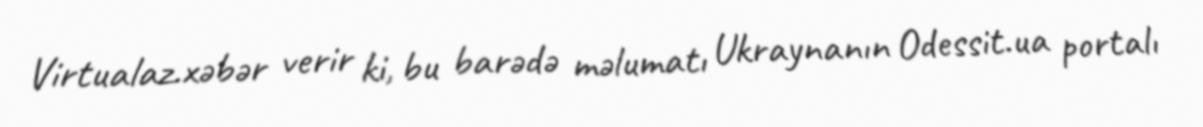
Virtualaz.xəbər verir ki, bu barədə məlumatı Ukraynanın Odessit.ua portalı